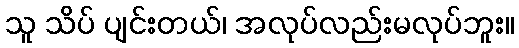
သူ သိပ် ပျင်းတယ်၊ အလုပ်လည်းမလုပ်ဘူး။